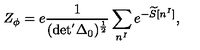
Z _ { \phi } = e \frac { 1 } { ( \mathrm { d e t ^ { ' } \Delta _ { 0 } ) ^ { \frac { 1 } { 2 } } } } \sum _ { n ^ { I } } e ^ { - \widetilde { S } [ n ^ { I } ] } ,